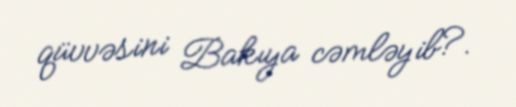
qüvvəsini Bakıya cəmləyib?.